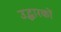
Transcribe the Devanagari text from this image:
उद्धारकों